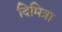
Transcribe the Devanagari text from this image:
दिमित्रा